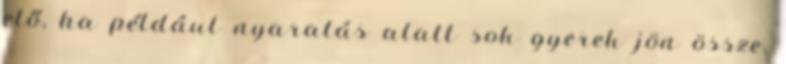
elő, ha például nyaralás alatt sok gyerek jön össze,